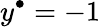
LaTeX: y^{\bullet}=-1